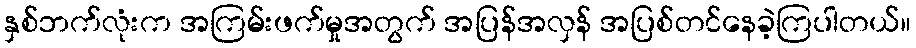
နှစ်ဘက်လုံးက အကြမ်းဖက်မှုအတွက် အပြန်အလှန် အပြစ်တင်နေခဲ့ကြပါတယ်။